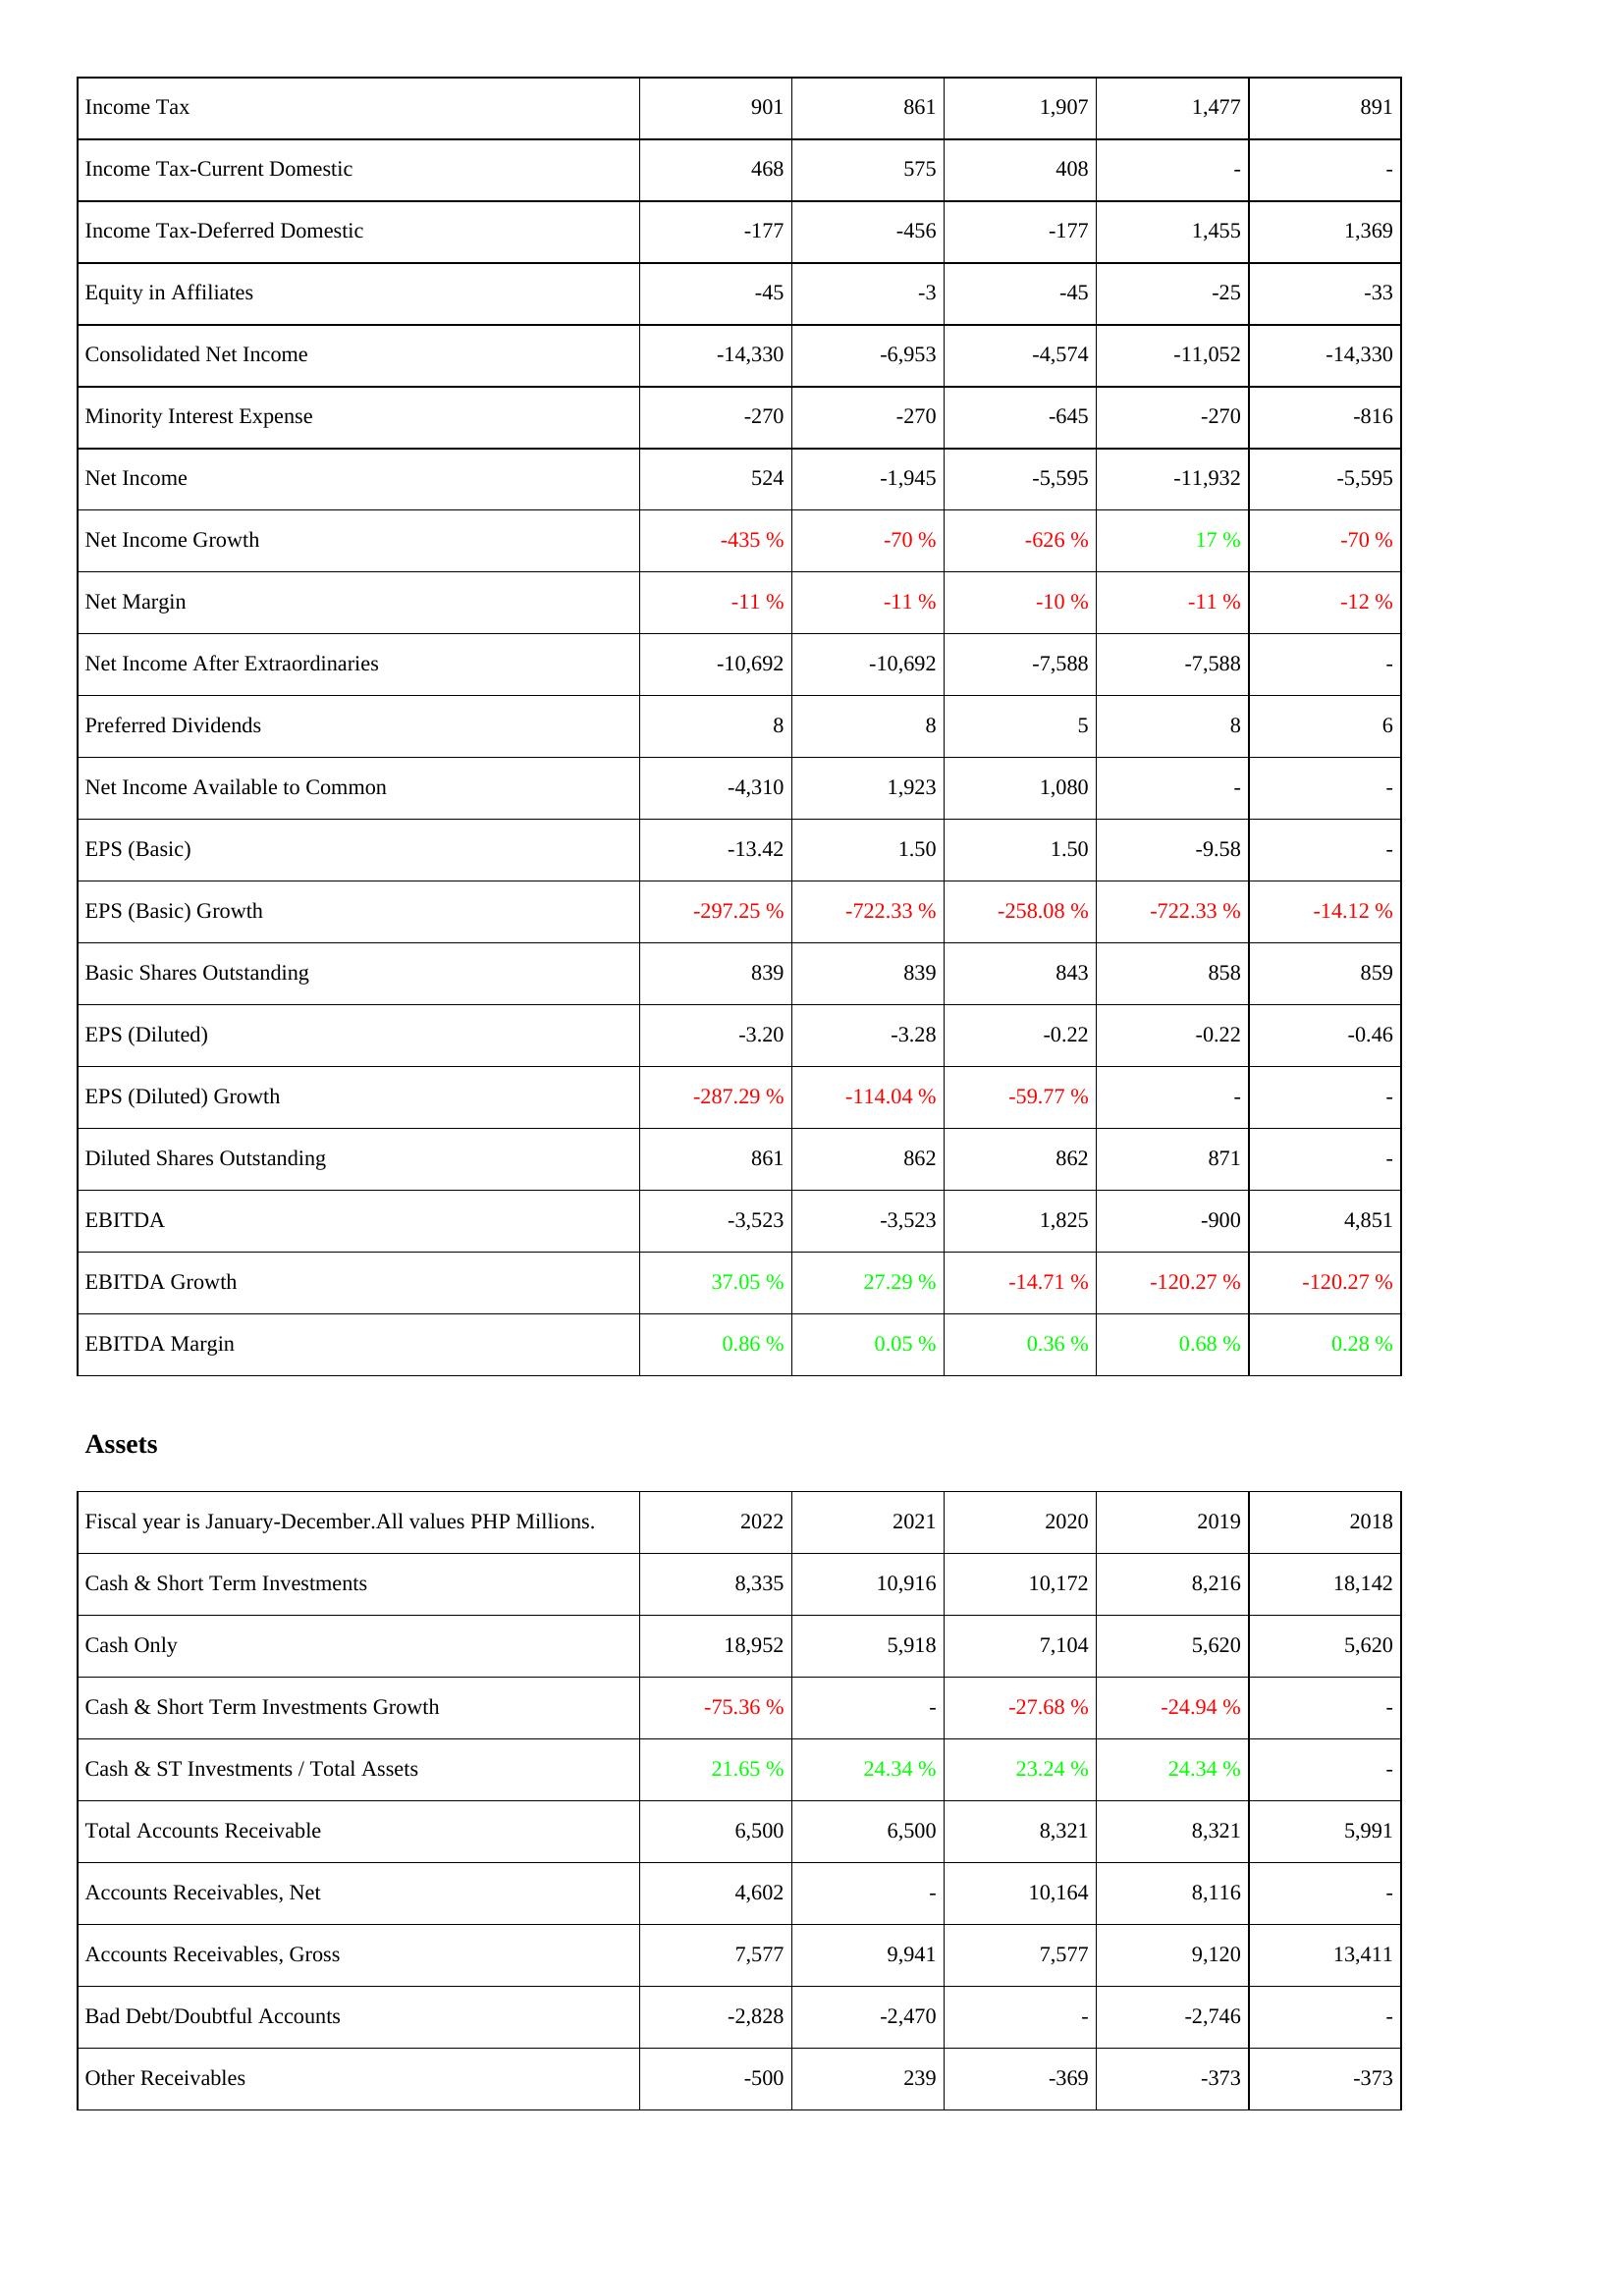
2022: Income Statement: Income Tax: 901
Income Tax-Current Domestic: 468
Income Tax-Deferred Domestic: -177
Equity in Affiliates: -45
Consolidated Net Income: -14,330
Minority Interest Expense: -270
Net Income: 524
Net Income Growth: -435 %
Net Margin: -11 %
Net Income After Extraordinaries: -10,692
Preferred Dividends: 8
Net Income Available to Common: -4,310
EPS (Basic): -13.42
EPS (Basic) Growth: -297.25 %
Basic Shares Outstanding: 839
EPS (Diluted): -3.20
EPS (Diluted) Growth: -287.29 %
Diluted Shares Outstanding: 861
EBITDA: -3,523
EBITDA Growth: 37.05 %
EBITDA Margin: 0.86 %
Assets: Cash & Short Term Investments: 8,335
Cash Only: 18,952
Cash & Short Term Investments Growth: -75.36 %
Cash & ST Investments / Total Assets: 21.65 %
Total Accounts Receivable: 6,500
Accounts Receivables, Net: 4,602
Accounts Receivables, Gross: 7,577
Bad Debt/Doubtful Accounts: -2,828
Other Receivables: -500
2021: Income Statement: Income Tax: 861
Income Tax-Current Domestic: 575
Income Tax-Deferred Domestic: -456
Equity in Affiliates: -3
Consolidated Net Income: -6,953
Minority Interest Expense: -270
Net Income: -1,945
Net Income Growth: -70 %
Net Margin: -11 %
Net Income After Extraordinaries: -10,692
Preferred Dividends: 8
Net Income Available to Common: 1,923
EPS (Basic): 1.50
EPS (Basic) Growth: -722.33 %
Basic Shares Outstanding: 839
EPS (Diluted): -3.28
EPS (Diluted) Growth: -114.04 %
Diluted Shares Outstanding: 862
EBITDA: -3,523
EBITDA Growth: 27.29 %
EBITDA Margin: 0.05 %
Assets: Cash & Short Term Investments: 10,916
Cash Only: 5,918
Cash & Short Term Investments Growth: -
Cash & ST Investments / Total Assets: 24.34 %
Total Accounts Receivable: 6,500
Accounts Receivables, Net: -
Accounts Receivables, Gross: 9,941
Bad Debt/Doubtful Accounts: -2,470
Other Receivables: 239
2020: Income Statement: Income Tax: 1,907
Income Tax-Current Domestic: 408
Income Tax-Deferred Domestic: -177
Equity in Affiliates: -45
Consolidated Net Income: -4,574
Minority Interest Expense: -645
Net Income: -5,595
Net Income Growth: -626 %
Net Margin: -10 %
Net Income After Extraordinaries: -7,588
Preferred Dividends: 5
Net Income Available to Common: 1,080
EPS (Basic): 1.50
EPS (Basic) Growth: -258.08 %
Basic Shares Outstanding: 843
EPS (Diluted): -0.22
EPS (Diluted) Growth: -59.77 %
Diluted Shares Outstanding: 862
EBITDA: 1,825
EBITDA Growth: -14.71 %
EBITDA Margin: 0.36 %
Assets: Cash & Short Term Investments: 10,172
Cash Only: 7,104
Cash & Short Term Investments Growth: -27.68 %
Cash & ST Investments / Total Assets: 23.24 %
Total Accounts Receivable: 8,321
Accounts Receivables, Net: 10,164
Accounts Receivables, Gross: 7,577
Bad Debt/Doubtful Accounts: -
Other Receivables: -369
2019: Income Statement: Income Tax: 1,477
Income Tax-Current Domestic: -
Income Tax-Deferred Domestic: 1,455
Equity in Affiliates: -25
Consolidated Net Income: -11,052
Minority Interest Expense: -270
Net Income: -11,932
Net Income Growth: 17 %
Net Margin: -11 %
Net Income After Extraordinaries: -7,588
Preferred Dividends: 8
Net Income Available to Common: -
EPS (Basic): -9.58
EPS (Basic) Growth: -722.33 %
Basic Shares Outstanding: 858
EPS (Diluted): -0.22
EPS (Diluted) Growth: -
Diluted Shares Outstanding: 871
EBITDA: -900
EBITDA Growth: -120.27 %
EBITDA Margin: 0.68 %
Assets: Cash & Short Term Investments: 8,216
Cash Only: 5,620
Cash & Short Term Investments Growth: -24.94 %
Cash & ST Investments / Total Assets: 24.34 %
Total Accounts Receivable: 8,321
Accounts Receivables, Net: 8,116
Accounts Receivables, Gross: 9,120
Bad Debt/Doubtful Accounts: -2,746
Other Receivables: -373
2018: Income Statement: Income Tax: 891
Income Tax-Current Domestic: -
Income Tax-Deferred Domestic: 1,369
Equity in Affiliates: -33
Consolidated Net Income: -14,330
Minority Interest Expense: -816
Net Income: -5,595
Net Income Growth: -70 %
Net Margin: -12 %
Net Income After Extraordinaries: -
Preferred Dividends: 6
Net Income Available to Common: -
EPS (Basic): -
EPS (Basic) Growth: -14.12 %
Basic Shares Outstanding: 859
EPS (Diluted): -0.46
EPS (Diluted) Growth: -
Diluted Shares Outstanding: -
EBITDA: 4,851
EBITDA Growth: -120.27 %
EBITDA Margin: 0.28 %
Assets: Cash & Short Term Investments: 18,142
Cash Only: 5,620
Cash & Short Term Investments Growth: -
Cash & ST Investments / Total Assets: -
Total Accounts Receivable: 5,991
Accounts Receivables, Net: -
Accounts Receivables, Gross: 13,411
Bad Debt/Doubtful Accounts: -
Other Receivables: -373